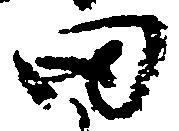
田